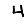
Digit: 4